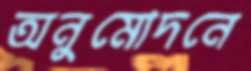
অনুমোদনে